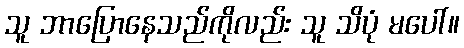
သူ ဘာပြောနေသည်ကိုလည်း သူ သိပုံ မပေါ်။